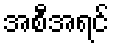
အစီအရင်